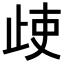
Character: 𣥱